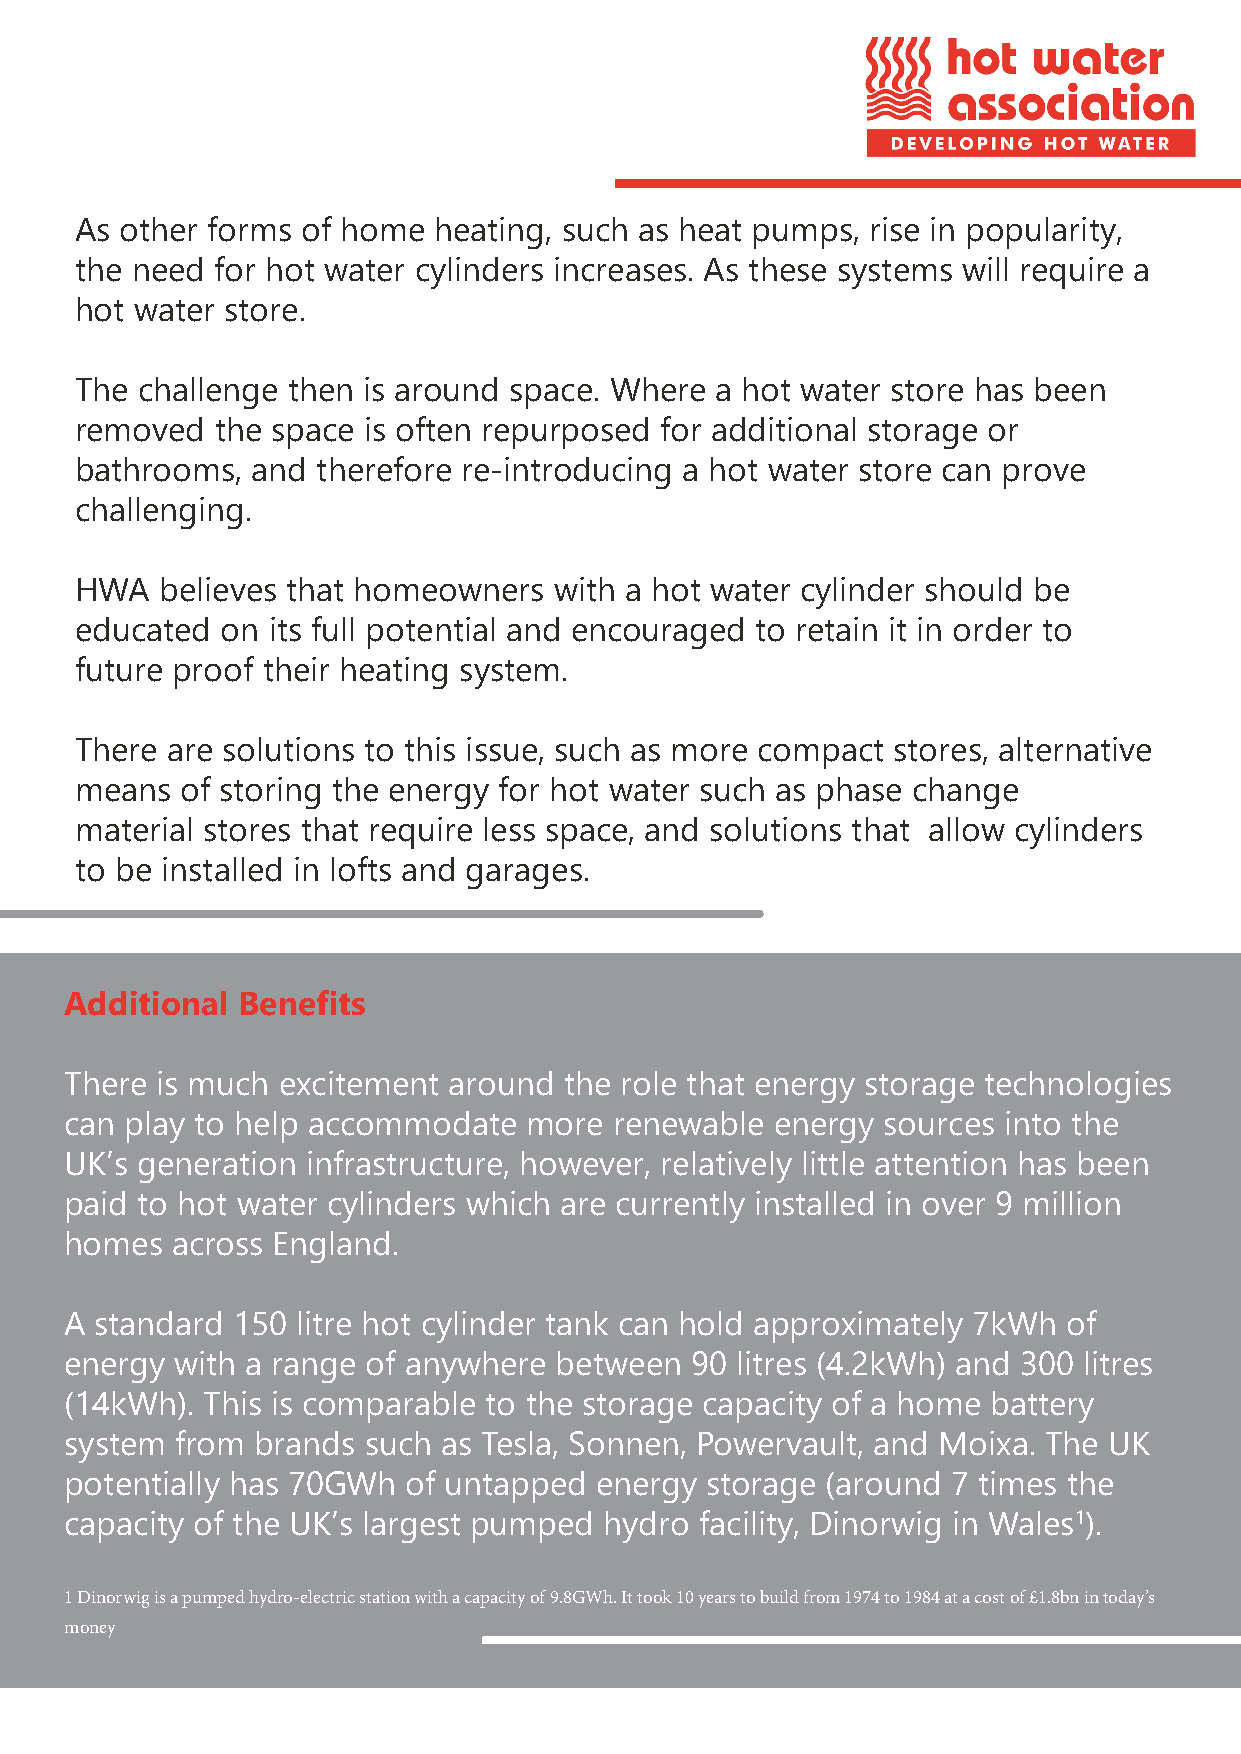
As other forms of home  heating, such as heat pumps, rise in popularity,
 the need for hot water cylinders increases. As these systems will require a
 hot water store.
 The challenge then is around space. Where a hot water store has been
 removed  the space is often repurposed for additional storage or
 bathrooms,  and therefore re-introducing a hot water store can prove
 challenging.
 HWA   believes that homeowners  with a hot water cylinder should be
 educated  on its full potential and encouraged to retain it in order to
 future proof their heating system.
 There are solutions to this issue, such as more compact stores, alternative
 means  of storing the energy for hot water such as phase change
 material stores that require less space, and solutions that allow cylinders
 to be installed in lofts and garages.
 Additional  Benefits
 There is much excitement  around the role that energy storage technologies
 can play to help accommodate   more  renewable energy sources into the
 UK’s generation infrastructure, however, relatively little attention has been
 paid to hot water cylinders which are currently installed in over 9 million
 homes  across England.
 A standard 150  litre hot cylinder tank can hold approximately 7kWh of
 energy  with a range of anywhere between  90 litres (4.2kWh) and 300 litres
 (14kWh). This is comparable to the storage capacity of a home battery
 system  from brands such as Tesla, Sonnen, Powervault, and Moixa. The UK
 potentially has 70GWh  of untapped energy  storage (around 7 times the
 capacity of the UK’s largest pumped hydro facility, Dinorwig in Wales1).
 1 Dinorwig is a pumped hydro-electric station with a capacity of 9.8GWh. It took 10 years to build from 1974 to 1984 at a cost of £1.8bn in today’s
 money